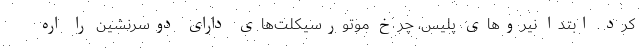
کرد. ابتدا نیرو‌های پلیس، چرخ موتورسیکلت‌های دارای دوسرنشین را اره